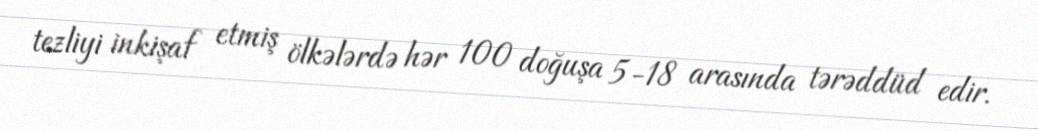
tezliyi inkişaf etmiş ölkələrdə hər 100 doğuşa 5-18 arasında tərəddüd edir.